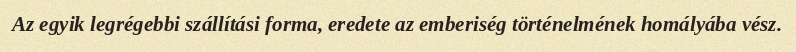
Az egyik legrégebbi szállítási forma, eredete az emberiség történelmének homályába vész.